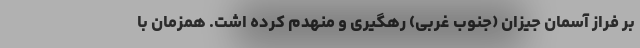
بر فراز آسمان جیزان (جنوب غربی) رهگیری و منهدم کرده اشت. همزمان با